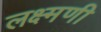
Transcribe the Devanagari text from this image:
लक्ष्मणी